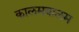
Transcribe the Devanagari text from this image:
कालमबालम